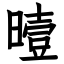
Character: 曀